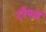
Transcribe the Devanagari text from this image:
ट्रैफर्ढ